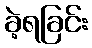
ခဲ့ရခြင်း